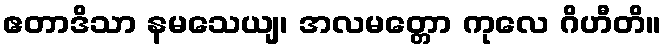
ဧတာဒိသာ နမသေယျ၊ အလမတ္တော ကုလေ ဂိဟီတိ။